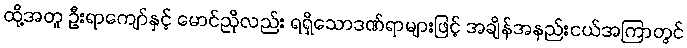
ထို့အတူ ဦးရာကျော်နှင့် မောင်ညိုလည်း ရရှိသောဒဏ်ရာများဖြင့် အချိန်အနည်းငယ်အကြာတွင်